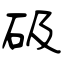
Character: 砐